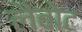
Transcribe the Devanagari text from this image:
लैंबोट